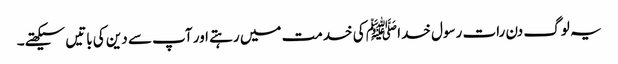
یہ لوگ دن رات رسول خدا ﷺ کی خدمت میں رہتے اور آپ سے دین کی باتیں سیکھتے۔